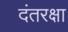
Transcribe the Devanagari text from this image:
दंतरक्षा